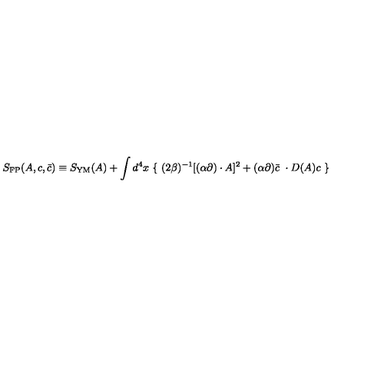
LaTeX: S _ { \mathrm { F P } } ( A , c , \bar { c } ) \equiv S _ { \mathrm { Y M } } ( A ) + \int d ^ { 4 } x \ \{ \ ( 2 \beta ) ^ { - 1 } [ ( \alpha \partial ) \cdot A ] ^ { 2 } + ( \alpha \partial ) \bar { c } \ \cdot D ( A ) c \ \}